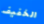
الخفيف